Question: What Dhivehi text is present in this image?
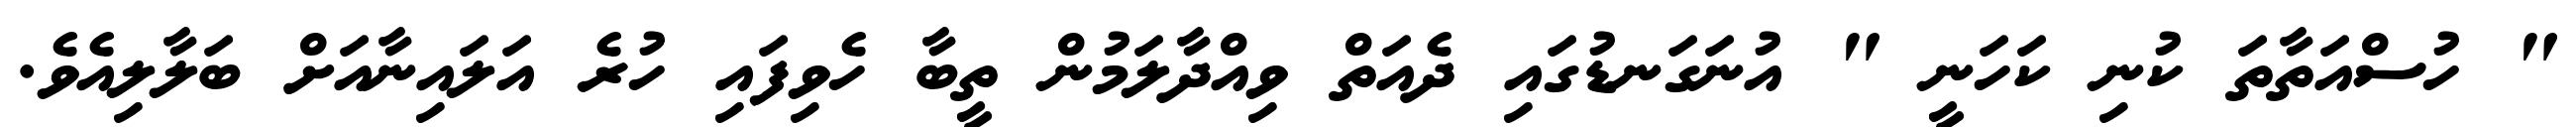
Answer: " ހުސްއަތާތަ ކުނި ކަހަނީ " އުނަގަނޑުގައި ދެއަތް ވިއްދާލަމުން ތީބާ ހެވިފައި ހުރެ އަލައިނާއަށް ބަލާލިއެވެ.